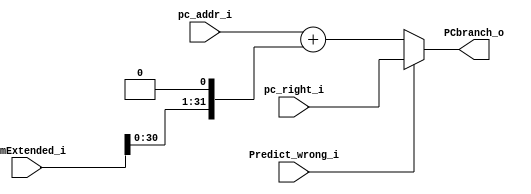
module Branch_Pc( 
    pc_addr_i, 
    immExtended_i,  
    Predict_wrong_i,
    pc_right_i, 
    PCbranch_o
);


input [31:0] pc_addr_i;
input [31:0] immExtended_i;
input [31:0] pc_right_i;
input Predict_wrong_i; 
output [31:0] PCbranch_o;

assign PCbranch_o = Predict_wrong_i ? pc_right_i : (pc_addr_i + (immExtended_i << 1));

endmodule